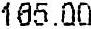
165.00